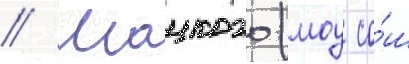
// Шацкого (моу со́ш